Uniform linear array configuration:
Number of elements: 16
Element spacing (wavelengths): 0.25
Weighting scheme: binomial
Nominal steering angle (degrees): -30
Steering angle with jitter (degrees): -30.645
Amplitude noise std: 0.05
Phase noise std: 0.05

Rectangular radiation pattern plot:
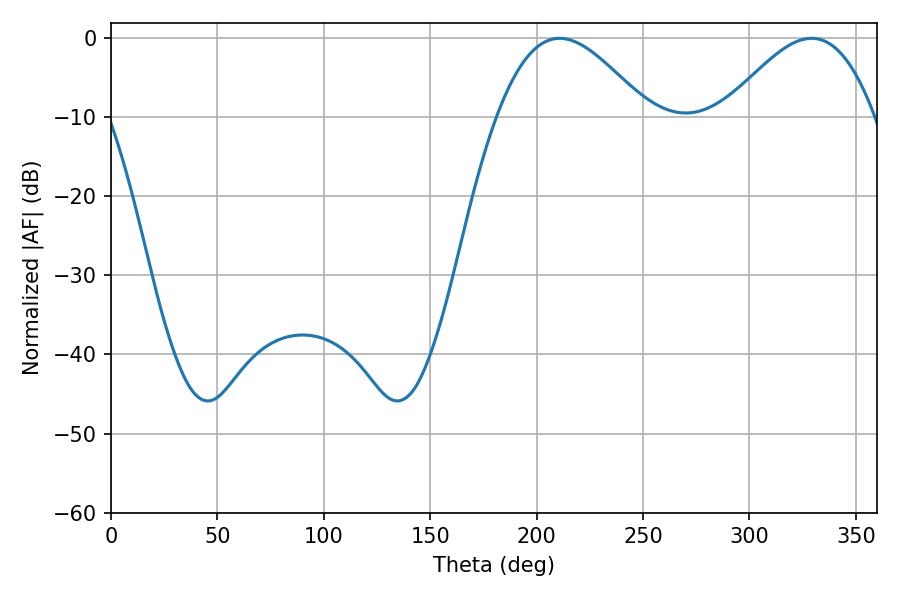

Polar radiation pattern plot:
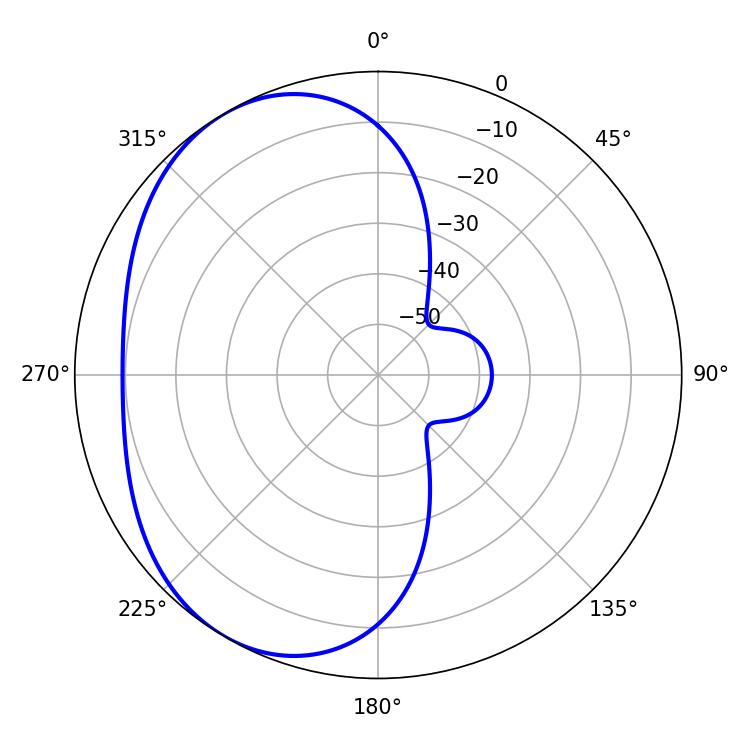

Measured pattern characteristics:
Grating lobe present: FALSE
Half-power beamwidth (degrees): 37.98
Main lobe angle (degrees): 210.78